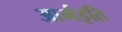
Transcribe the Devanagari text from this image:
आर्मइति